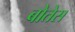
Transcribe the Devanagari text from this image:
बोतेस